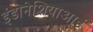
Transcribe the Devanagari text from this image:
इंडोनेशियाआई